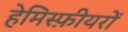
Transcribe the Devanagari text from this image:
हेमिस्फ़ीयरों